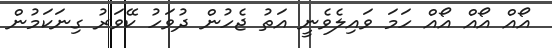
އޯއް އޯއް އޯއް ހަމަ ވައިލެވެނީ އަތު ޖެހުން ދުވަހު ކޭވަރު ގިނަކަމުން